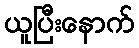
ယူပြီးနောက်